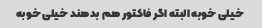
خیلی خوبه البته اگر فاکتور هم بدهند خیلی خوبه